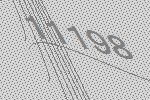
11198